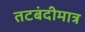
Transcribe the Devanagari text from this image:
तटबंदीमात्र